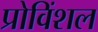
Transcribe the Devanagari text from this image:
प्रोविंशल